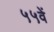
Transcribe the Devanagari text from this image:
५५वें